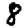
Digit: 8